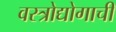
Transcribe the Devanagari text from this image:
वस्त्रोद्योगाची